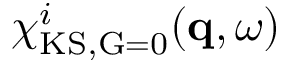
\chi _ { \mathrm { K S , \vec { G } = 0 } } ^ { i } ( \mathbf { q } , \omega )